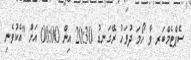
ސެޕްޓެމްބަރ ވާ ހޯމަ ދުވަހު ރޭގަނޑު 20:30 އިން 00:00 އަށް "އެކުވެނި